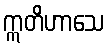
ဣတိဟာသေ